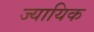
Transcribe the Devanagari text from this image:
ज्यायिक